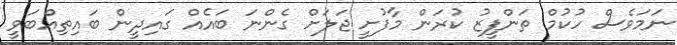
ނަމަވެސް ހުކުމް ތަންފީޒު ކުރަން މާފުށީ ޖަލަށް ގެންނަ ބައެއް ގައިދީން ބައިިތިއްބަވީ